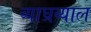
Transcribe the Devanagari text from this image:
व्याघ्रव्याल